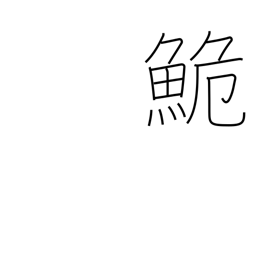
Meaning: dace (carp)